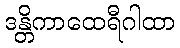
ဒန္တိကာထေရီဂါထာ